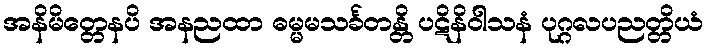
အနိမိတ္တေနပိ အနညထာ ဓမ္မမသင်္ခတန္တိ ပဋိနိဝါသနံ ပုဂ္ဂလပညတ္တိယံ